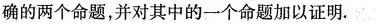
确的两个命题，并对其中的一个命题加以证明.